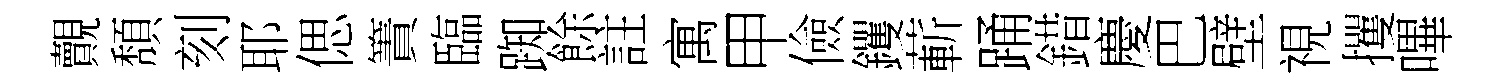
覿頽刻耶偲簀臨踟餘註寓甲儉钁蔪踊錯慶巴壁視攫嗶